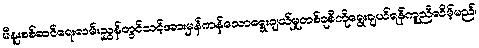
မီနူးစစ်ဆင်ရေးလမ်းညွှန်တွင်သင့်အားမှန်ကန်သောရွေးချယ်မှုတစ်ခုစီကိုရွေးချယ်ရန်ကူညီလိမ့်မည်၊